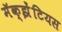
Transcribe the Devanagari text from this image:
मॅक्झेंटियस